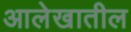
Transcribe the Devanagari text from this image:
आलेखातील